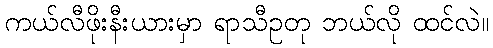
ကယ်လီဖိုးနီးယားမှာ ရာသီဥတု ဘယ်လို ထင်လဲ။